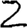
Digit: 2